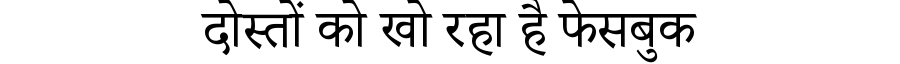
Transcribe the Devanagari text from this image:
दोस्तों को खो रहा है फेसबुक